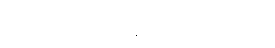
ကြည်ကြည်ဖြူဖြူနဲ့ ခွင့်ပေးခဲ့ပါတယ်။